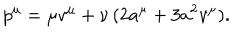
p ^ { \mu } = \mu v ^ { \mu } + \nu \, ( 2 { \dot { a } } ^ { \mu } + 3 a ^ { 2 } v ^ { \mu } ) .